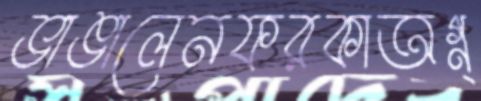
ভাঙালেনফরকাঅগ্ন্